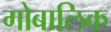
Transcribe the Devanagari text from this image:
गोबालिक